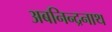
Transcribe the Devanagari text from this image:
अबनिन्द्रनाथ